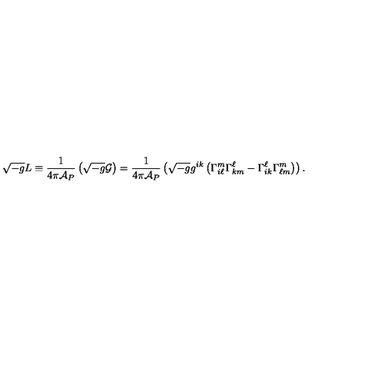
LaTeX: \sqrt { - g } L \equiv { \frac { 1 } { 4 \pi { \cal A } _ { P } } } \left( \sqrt { - g } { \cal G } \right) = { \frac { 1 } { 4 \pi { \cal A } _ { P } } } \left( \sqrt { - g } g ^ { i k } \left( \Gamma _ { i \ell } ^ { m } \Gamma _ { k m } ^ { \ell } - \Gamma _ { i k } ^ { \ell } \Gamma _ { \ell m } ^ { m } \right) \right) .